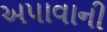
અપાવાની